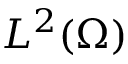
L ^ { 2 } ( \Omega )